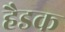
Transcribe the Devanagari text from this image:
हैडक